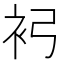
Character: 𧘏